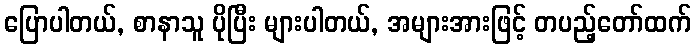
ပြောပါတယ်, စာနာသူ ပိုပြီး များပါတယ်, အများအားဖြင့် တပည့်တော်ထက်